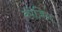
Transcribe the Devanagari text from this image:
कोज़िन